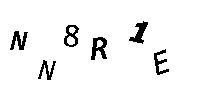
NN8R1E